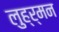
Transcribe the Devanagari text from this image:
लुह्र्मन